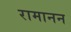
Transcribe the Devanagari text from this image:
रामानन